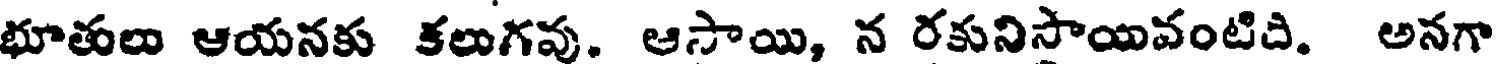
భూతులు ఆయనకు కలుగవు. ఆసాయి, న రకునిసాయివంటిది. అనగా